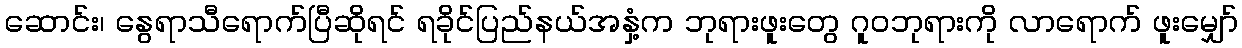
ဆောင်း၊ နွေရာသီရောက်ပြီဆိုရင် ရခိုင်ပြည်နယ်အနှံ့က ဘုရားဖူးတွေ ဂူဝဘုရားကို လာရောက် ဖူးမျှော်